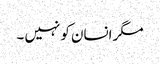
مگر انسان کو نہیں ۔